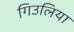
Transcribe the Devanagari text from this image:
गिउलिया